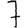
Digit: 7